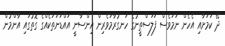
ދޭ ކަމަށާއި އެހެން ނަމަވެސް ފަލަސްތީނުގެ ހަނގުރާމަވެރިން އިންސާނީ އައްޑަނަތަކެއްގެ ގޮތުގައި އާންމުން